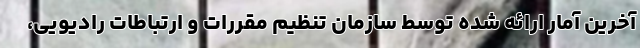
آخرین آمار ارائه شده توسط سازمان تنظیم مقررات و ارتباطات رادیویی،